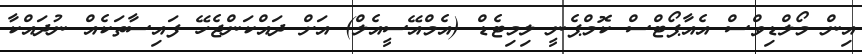
އިން މޯލްޑިވްސް އެއާޕޯޓްސް ކޮމްޕެނީ ލިމިޓެޑް (އެމްއޭސީއެލް) އަށް ދައްކަންޖެހޭ ފައިސާތަކެއް ނުދައްކާ